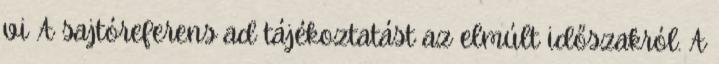
vi A sajtóreferens ad tájékoztatást az elmúlt időszakról. A